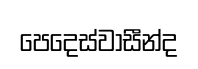
පෙදෙස්වාසීන්ද